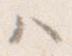
ハ